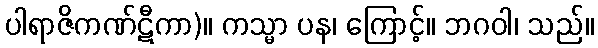
ပါရာဇိကဏ်ဋီကာ)။ ကသ္မာ ပန၊ ကြောင့်။ ဘဂဝါ၊ သည်။